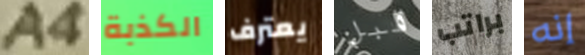
A4 الكذبة يعترف قبل براتب إنه